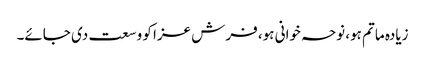
زیادہ ماتم ہو، نوحہ خوانی ہو، فرش عزا کو وسعت دی جائے۔